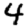
Digit: 4